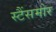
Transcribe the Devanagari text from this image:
स्टैंसमोर